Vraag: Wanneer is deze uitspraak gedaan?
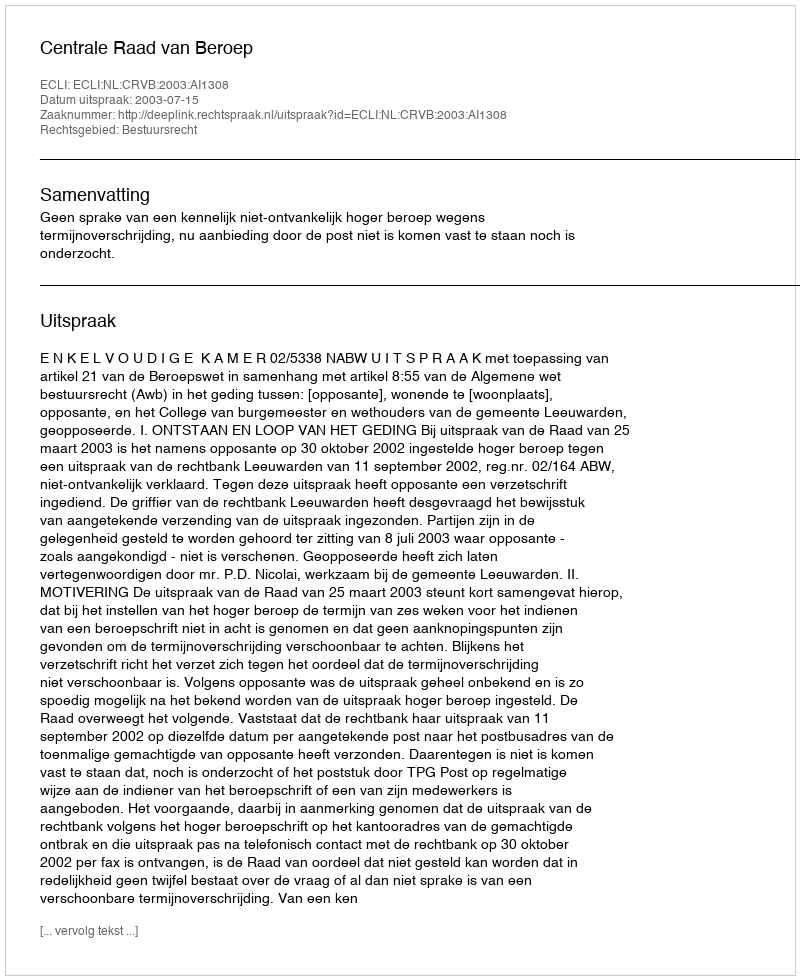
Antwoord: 2003-07-15